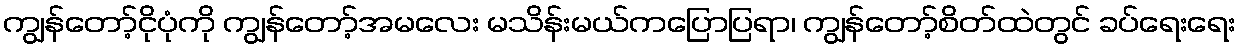
ကျွန်တော့်ငိုပုံကို ကျွန်တော့်အမလေး မသိန်းမယ်ကပြောပြရာ၊ ကျွန်တော့်စိတ်ထဲတွင် ခပ်ရေးရေး